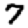
Digit: 7